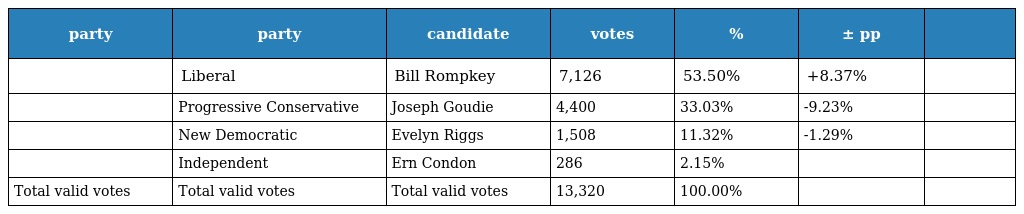
| party | party | candidate | votes | % | ± pp |  |
 | --- | --- | --- | --- | --- | --- | --- |
 |  | Liberal | Bill Rompkey | 7,126 | 53.50% | +8.37% |  |
 |  | Progressive Conservative | Joseph Goudie | 4,400 | 33.03% | -9.23% |  |
 |  | New Democratic | Evelyn Riggs | 1,508 | 11.32% | -1.29% |  |
 |  | Independent | Ern Condon | 286 | 2.15% |  |  |
 | Total valid votes | Total valid votes | Total valid votes | 13,320 | 100.00% |  |  |